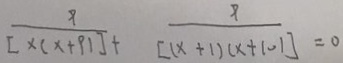
\frac { 9 } { [ x ( x + 9 ) ] } + \frac { 9 } { [ ( x + 1 ) ( x + 1 0 ) ] } = 0